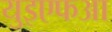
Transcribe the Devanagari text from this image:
युइएफआ